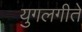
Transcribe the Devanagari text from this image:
युगलगीते